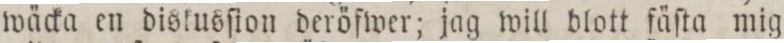
wäcka en diskusſion deröfwer; jag will blott fäſta mig